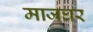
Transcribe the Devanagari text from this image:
माजघर